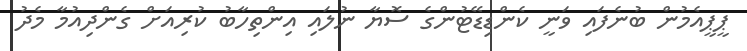
ޕީޕީއެމުން ބުނެފައި ވަނީ ކެންޑިޑޭޓުންގެ ސޮޔާ ނުލައި އިންތިހާބު ކުރިއަށް ގެންދިއުމާ މެދު